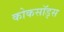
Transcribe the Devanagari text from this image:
कोकसॉड्स